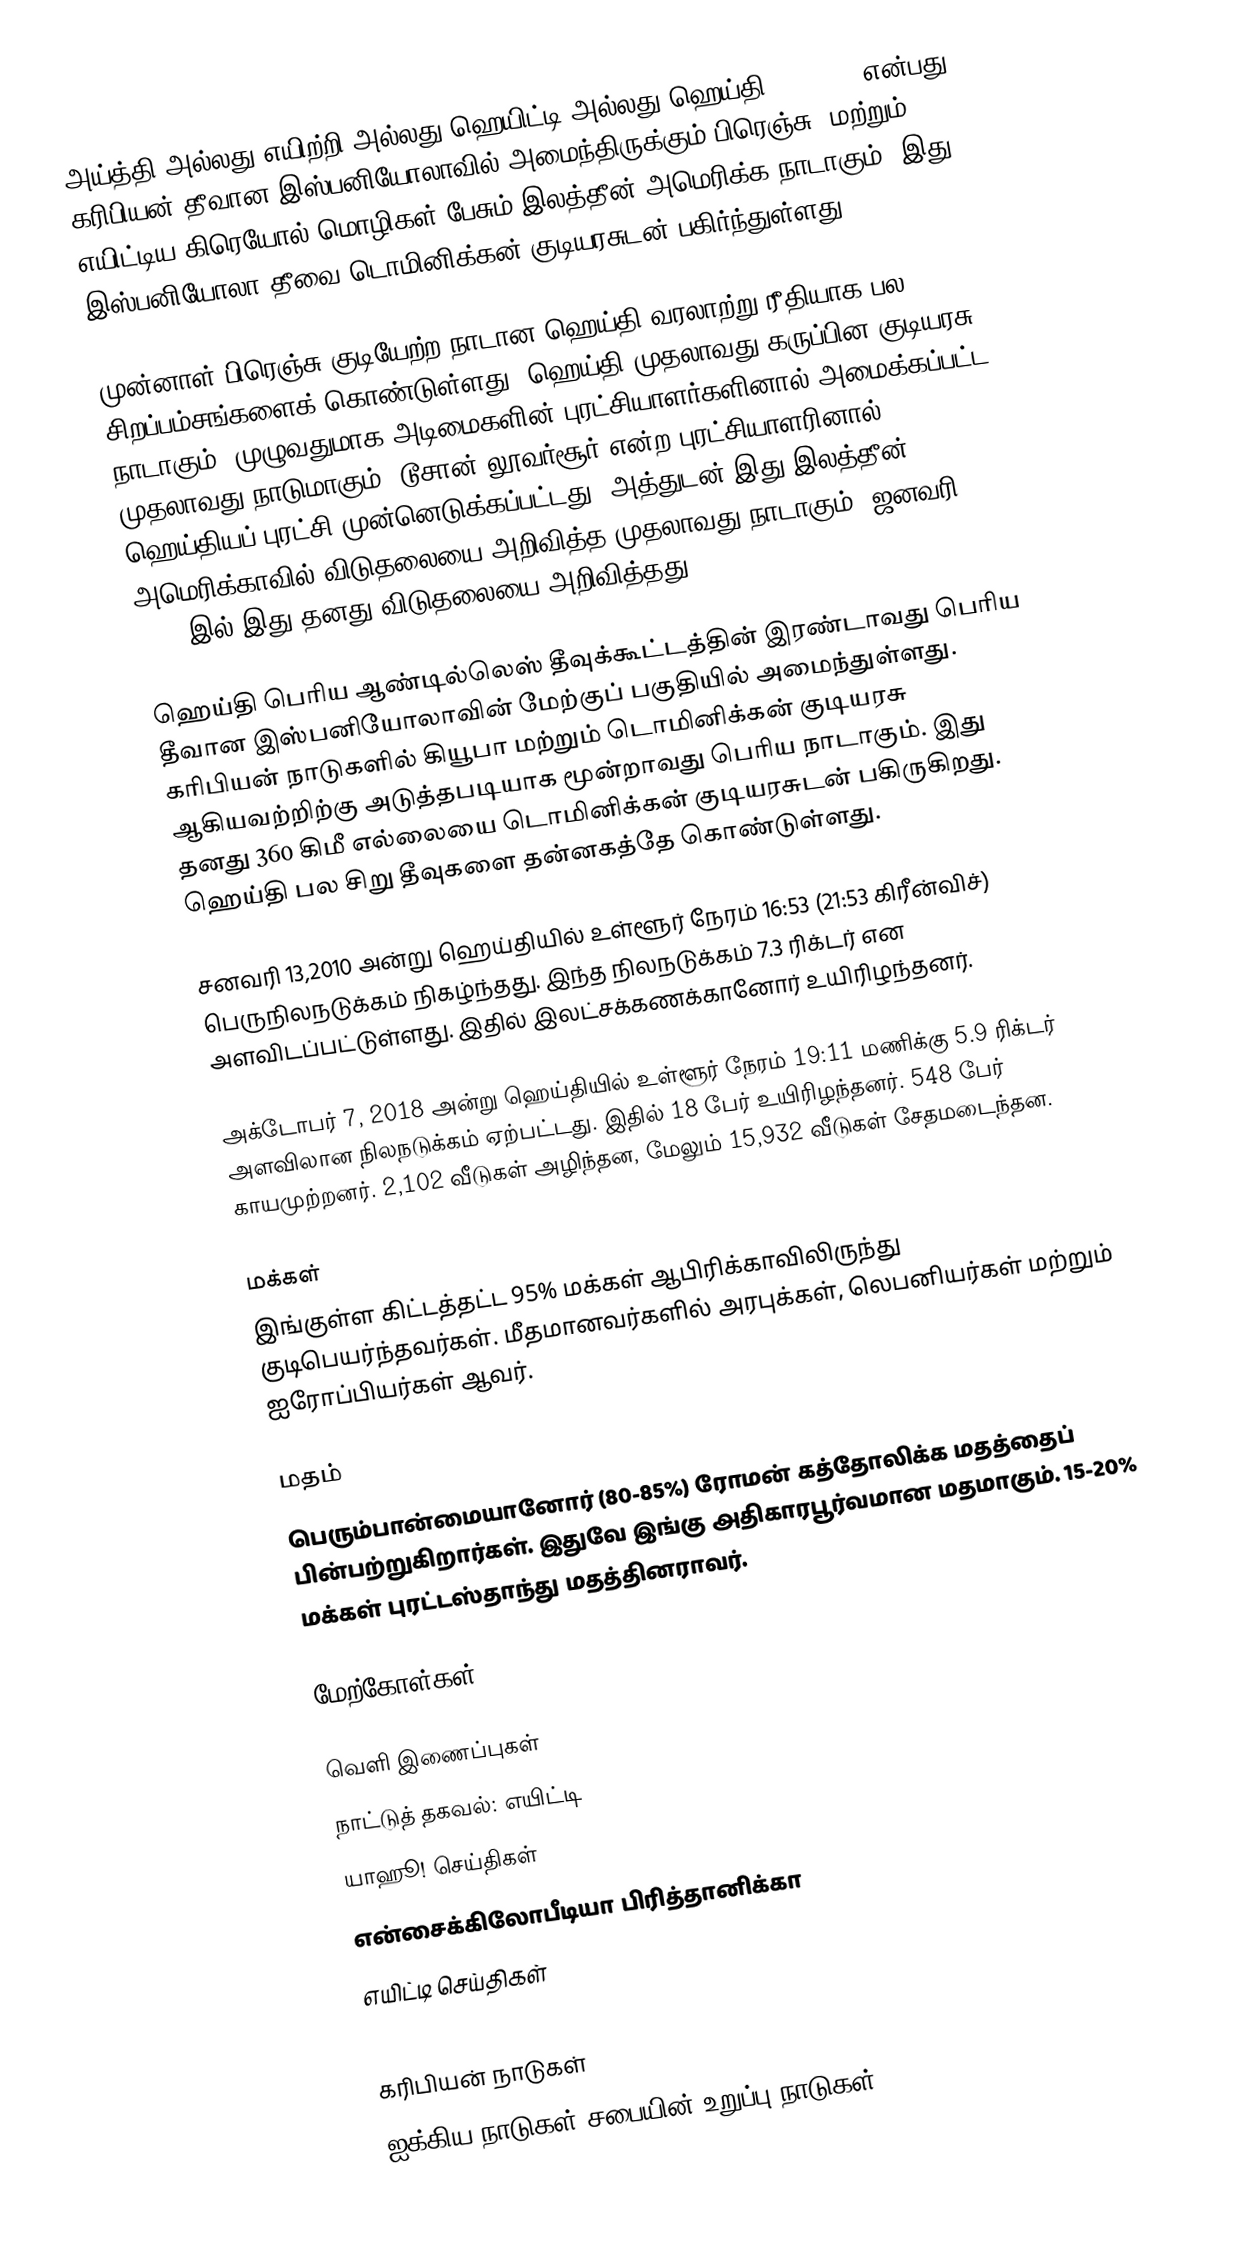
அய்த்தி அல்லது எயிற்றி அல்லது ஹெயிட்டி அல்லது ஹெய்தி (Haiti), என்பது கரிபியன் தீவான இஸ்பனியோலாவில் அமைந்திருக்கும் பிரெஞ்சு, மற்றும் எயிட்டிய கிரெயோல் மொழிகள் பேசும் இலத்தீன் அமெரிக்க நாடாகும். இது இஸ்பனியோலா தீவை டொமினிக்கன் குடியரசுடன் பகிர்ந்துள்ளது.

முன்னாள் பிரெஞ்சு குடியேற்ற நாடான ஹெய்தி வரலாற்று ரீதியாக பல சிறப்பம்சங்களைக் கொண்டுள்ளது: ஹெய்தி முதலாவது கருப்பின குடியரசு நாடாகும். முழுவதுமாக அடிமைகளின் புரட்சியாளர்களினால் அமைக்கப்பட்ட முதலாவது நாடுமாகும். டூசான் லூவர்சூர் என்ற புரட்சியாளரினால் ஹெய்தியப் புரட்சி முன்னெடுக்கப்பட்டது. அத்துடன் இது இலத்தீன் அமெரிக்காவில் விடுதலையை அறிவித்த முதலாவது நாடாகும். ஜனவரி 1, 1804 இல் இது தனது விடுதலையை அறிவித்தது.

ஹெய்தி பெரிய ஆண்டில்லெஸ் தீவுக்கூட்டத்தின் இரண்டாவது பெரிய தீவான இஸ்பனியோலாவின் மேற்குப் பகுதியில் அமைந்துள்ளது. கரிபியன் நாடுகளில் கியூபா மற்றும் டொமினிக்கன் குடியரசு ஆகியவற்றிற்கு அடுத்தபடியாக மூன்றாவது பெரிய நாடாகும். இது தனது 360 கிமீ எல்லையை டொமினிக்கன் குடியரசுடன் பகிருகிறது. ஹெய்தி பல சிறு தீவுகளை தன்னகத்தே கொண்டுள்ளது.

சனவரி 13,2010 அன்று ஹெய்தியில் உள்ளூர் நேரம் 16:53 (21:53 கிரீன்விச்)  பெருநிலநடுக்கம் நிகழ்ந்தது. இந்த நிலநடுக்கம் 7.3 ரிக்டர் என அளவிடப்பட்டுள்ளது. இதில் இலட்சக்கணக்கானோர் உயிரிழந்தனர்.

அக்டோபர் 7, 2018 அன்று ஹெய்தியில் உள்ளூர் நேரம் 19:11 மணிக்கு 5.9 ரிக்டர் அளவிலான நிலநடுக்கம் ஏற்பட்டது. இதில் 18 பேர் உயிரிழந்தனர். 548 பேர் காயமுற்றனர். 2,102 வீடுகள் அழிந்தன, மேலும் 15,932 வீடுகள் சேதமடைந்தன.

மக்கள்
இங்குள்ள கிட்டத்தட்ட 95% மக்கள் ஆபிரிக்காவிலிருந்து குடிபெயர்ந்தவர்கள். மீதமானவர்களில் அரபுக்கள், லெபனியர்கள் மற்றும் ஐரோப்பியர்கள் ஆவர்.

மதம்
பெரும்பான்மையானோர் (80-85%) ரோமன் கத்தோலிக்க மதத்தைப் பின்பற்றுகிறார்கள். இதுவே இங்கு அதிகாரபூர்வமான மதமாகும். 15-20% மக்கள் புரட்டஸ்தாந்து மதத்தினராவர்.

மேற்கோள்கள்

வெளி இணைப்புகள்
 நாட்டுத் தகவல்: எயிட்டி
 யாஹூ! செய்திகள்
 என்சைக்கிலோபீடியா பிரித்தானிக்கா
 எயிட்டி செய்திகள்

கரிபியன் நாடுகள்
ஐக்கிய நாடுகள் சபையின் உறுப்பு நாடுகள்